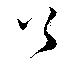
足